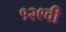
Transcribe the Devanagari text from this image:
१२९वी